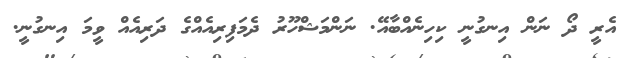
އެރީ ދޯ ނަން އިނގުނީ ކިހިނެއްބާއޭ. ނަންމަޝްހޫރު ދެމަފިރިއެއްގެ ދަރިއެއް ވީމަ އިނގުނީ.